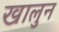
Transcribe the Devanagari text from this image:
खालुन